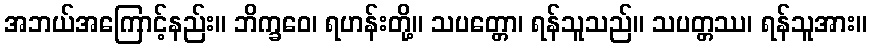
အဘယ်အကြောင့်နည်း။ ဘိက္ခဝေ၊ ရဟန်းတို့။ သပတ္တော၊ ရန်သူသည်။ သပတ္တဿ၊ ရန်သူအား။